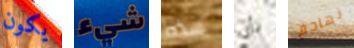
يكون شيء هذه بأن نهاجم